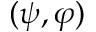
( \psi , \varphi )